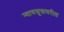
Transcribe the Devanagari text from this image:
न्यायसूत्रावरील